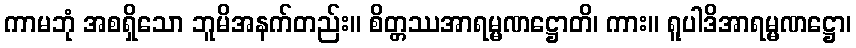
ကာမဘုံ အစရှိသော ဘူမိအနက်တည်း။ စိတ္တဿအာရမ္မဏဋ္ဌောတိ၊ ကား။ ရူပါဒိအာရမ္မဏဋ္ဌော၊